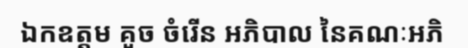
ឯកឧត្តម គួច ចំរើន អភិបាល នៃគណៈអភិ